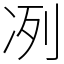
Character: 冽